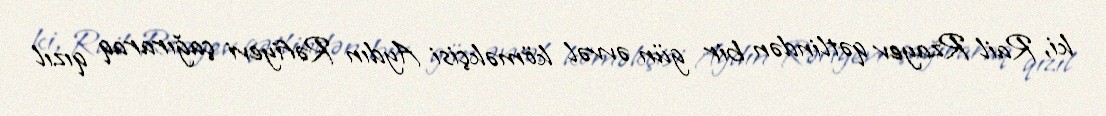
ki, Rail Rzayev qətlindən bir gün əvvəl köməkçisi Aydın Rəfiyevi çağıraraq qızıl